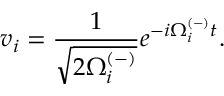
v _ { i } = \frac { 1 } { \sqrt { 2 \Omega _ { i } ^ { ( - ) } } } e ^ { - i \Omega _ { i } ^ { ( - ) } t } .